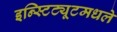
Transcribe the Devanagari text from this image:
इन्स्टिट्यूटमधले